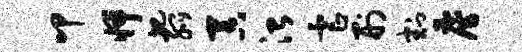
叩怦圯弧吞治虐刑割雇